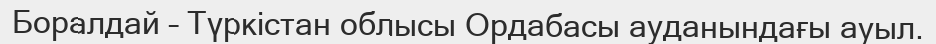
Боралдай – Түркістан облысы Ордабасы ауданындағы ауыл.